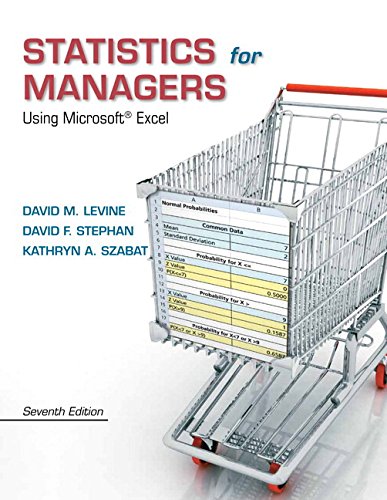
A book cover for Statistics for Managers Using Microsoft Excel Plus NEW MyStatLab with Pearson eText  -- Access Card Package (7th Edition); David M. Levine; Computers & Technology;